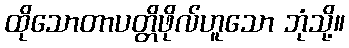
ထိုသောတာပတ္တိဖိုလ်ဟူသော ဘုံသို့။